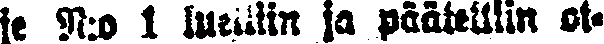
je N:o 1 luettiin ja päätettiin ot-